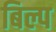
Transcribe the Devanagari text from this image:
बिल्प